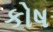
કોષ